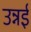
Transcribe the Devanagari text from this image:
उन्नई